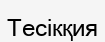
Тесікқия